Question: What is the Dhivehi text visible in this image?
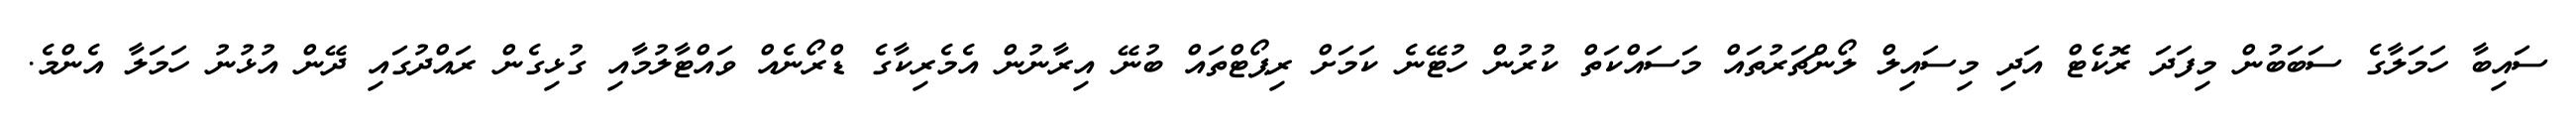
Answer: ސައިބާ ހަމަލާގެ ސަބަބުން މިފަދަ ރޮކެޓް އަދި މިސައިލް ލޯންޗަރުތައް މަސައްކަތް ކުރުން ހުޓޭނެ ކަމަށް ރިޕޯޓްތައް ބުނޭ އިރާނުން އެމެރިކާގެ ޑްރޯނެއް ވައްޓާލުމާއި ގުޅިގެން ރައްދުގައި ދޭން އުޅުނު ހަމަލާ އެންމެ.